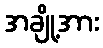
အချို့အား